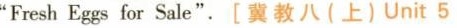
"Fresh Eggs for Sale".[冀教八(上)Unit 5